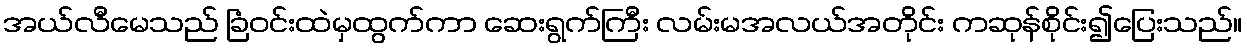
အယ်လီမေသည် ခြံဝင်းထဲမှထွက်ကာ ဆေးရွက်ကြီး လမ်းမအလယ်အတိုင်း ကဆုန်စိုင်း၍ပြေးသည်။